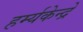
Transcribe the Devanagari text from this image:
हर्म्यकेन्द्रे